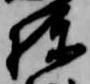
棟